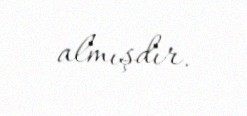
almışdır.